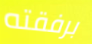
برفقته